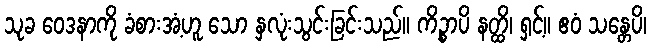
သုခ ဝေဒနာကို ခံစားအံ့ဟူ သော နှလုံးသွင်းခြင်းသည်။ ကိဉ္စာပိ နတ္ထိ၊ ရှင့်။ ဧဝံ သန္တေပိ၊